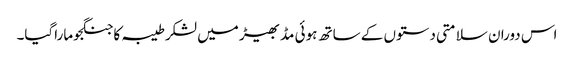
اس دوران سلامتی دستوں کے ساتھ ہوئی مڈبھیڑ میں لشکرطیبہ کا جنگجوماراگیا۔